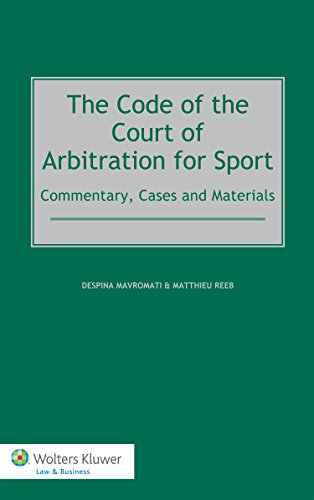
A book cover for The Code of the Court of Arbitration for Sport: Commentary, Cases and Materials; Despina Mavromati; Law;